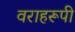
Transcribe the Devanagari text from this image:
वराहरूपी